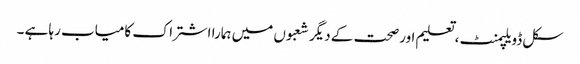
سکل ڈویلپمنٹ ،تعلیم اورصحت کے دیگر شعبوں میں ہمارا اشتراک کامیاب رہا ہے ۔